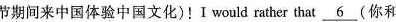
节期间来中国体验中国文化)!I would rather that \underline{6}(你和